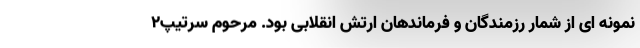
نمونه ای از شمار رزمندگان و فرماندهان ارتش انقلابی بود. مرحوم سرتیپ۲